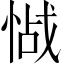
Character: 𱞰